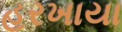
હરખાયા